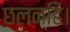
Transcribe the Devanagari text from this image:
छलन्हि।